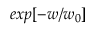
e x p [ - w / w _ { 0 } ]